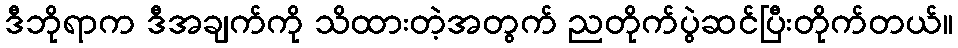
ဒီဘိုရာက ဒီအချက်ကို သိထားတဲ့အတွက် ညတိုက်ပွဲဆင်ပြီးတိုက်တယ်။